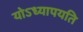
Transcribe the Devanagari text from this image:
योऽध्यापयति